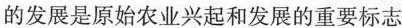
的发展是原始农业兴起和发展的重要标志